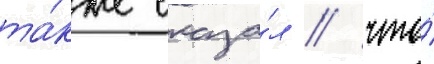
та́кже сказа́л / что́